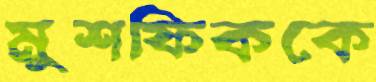
মুশফিককে